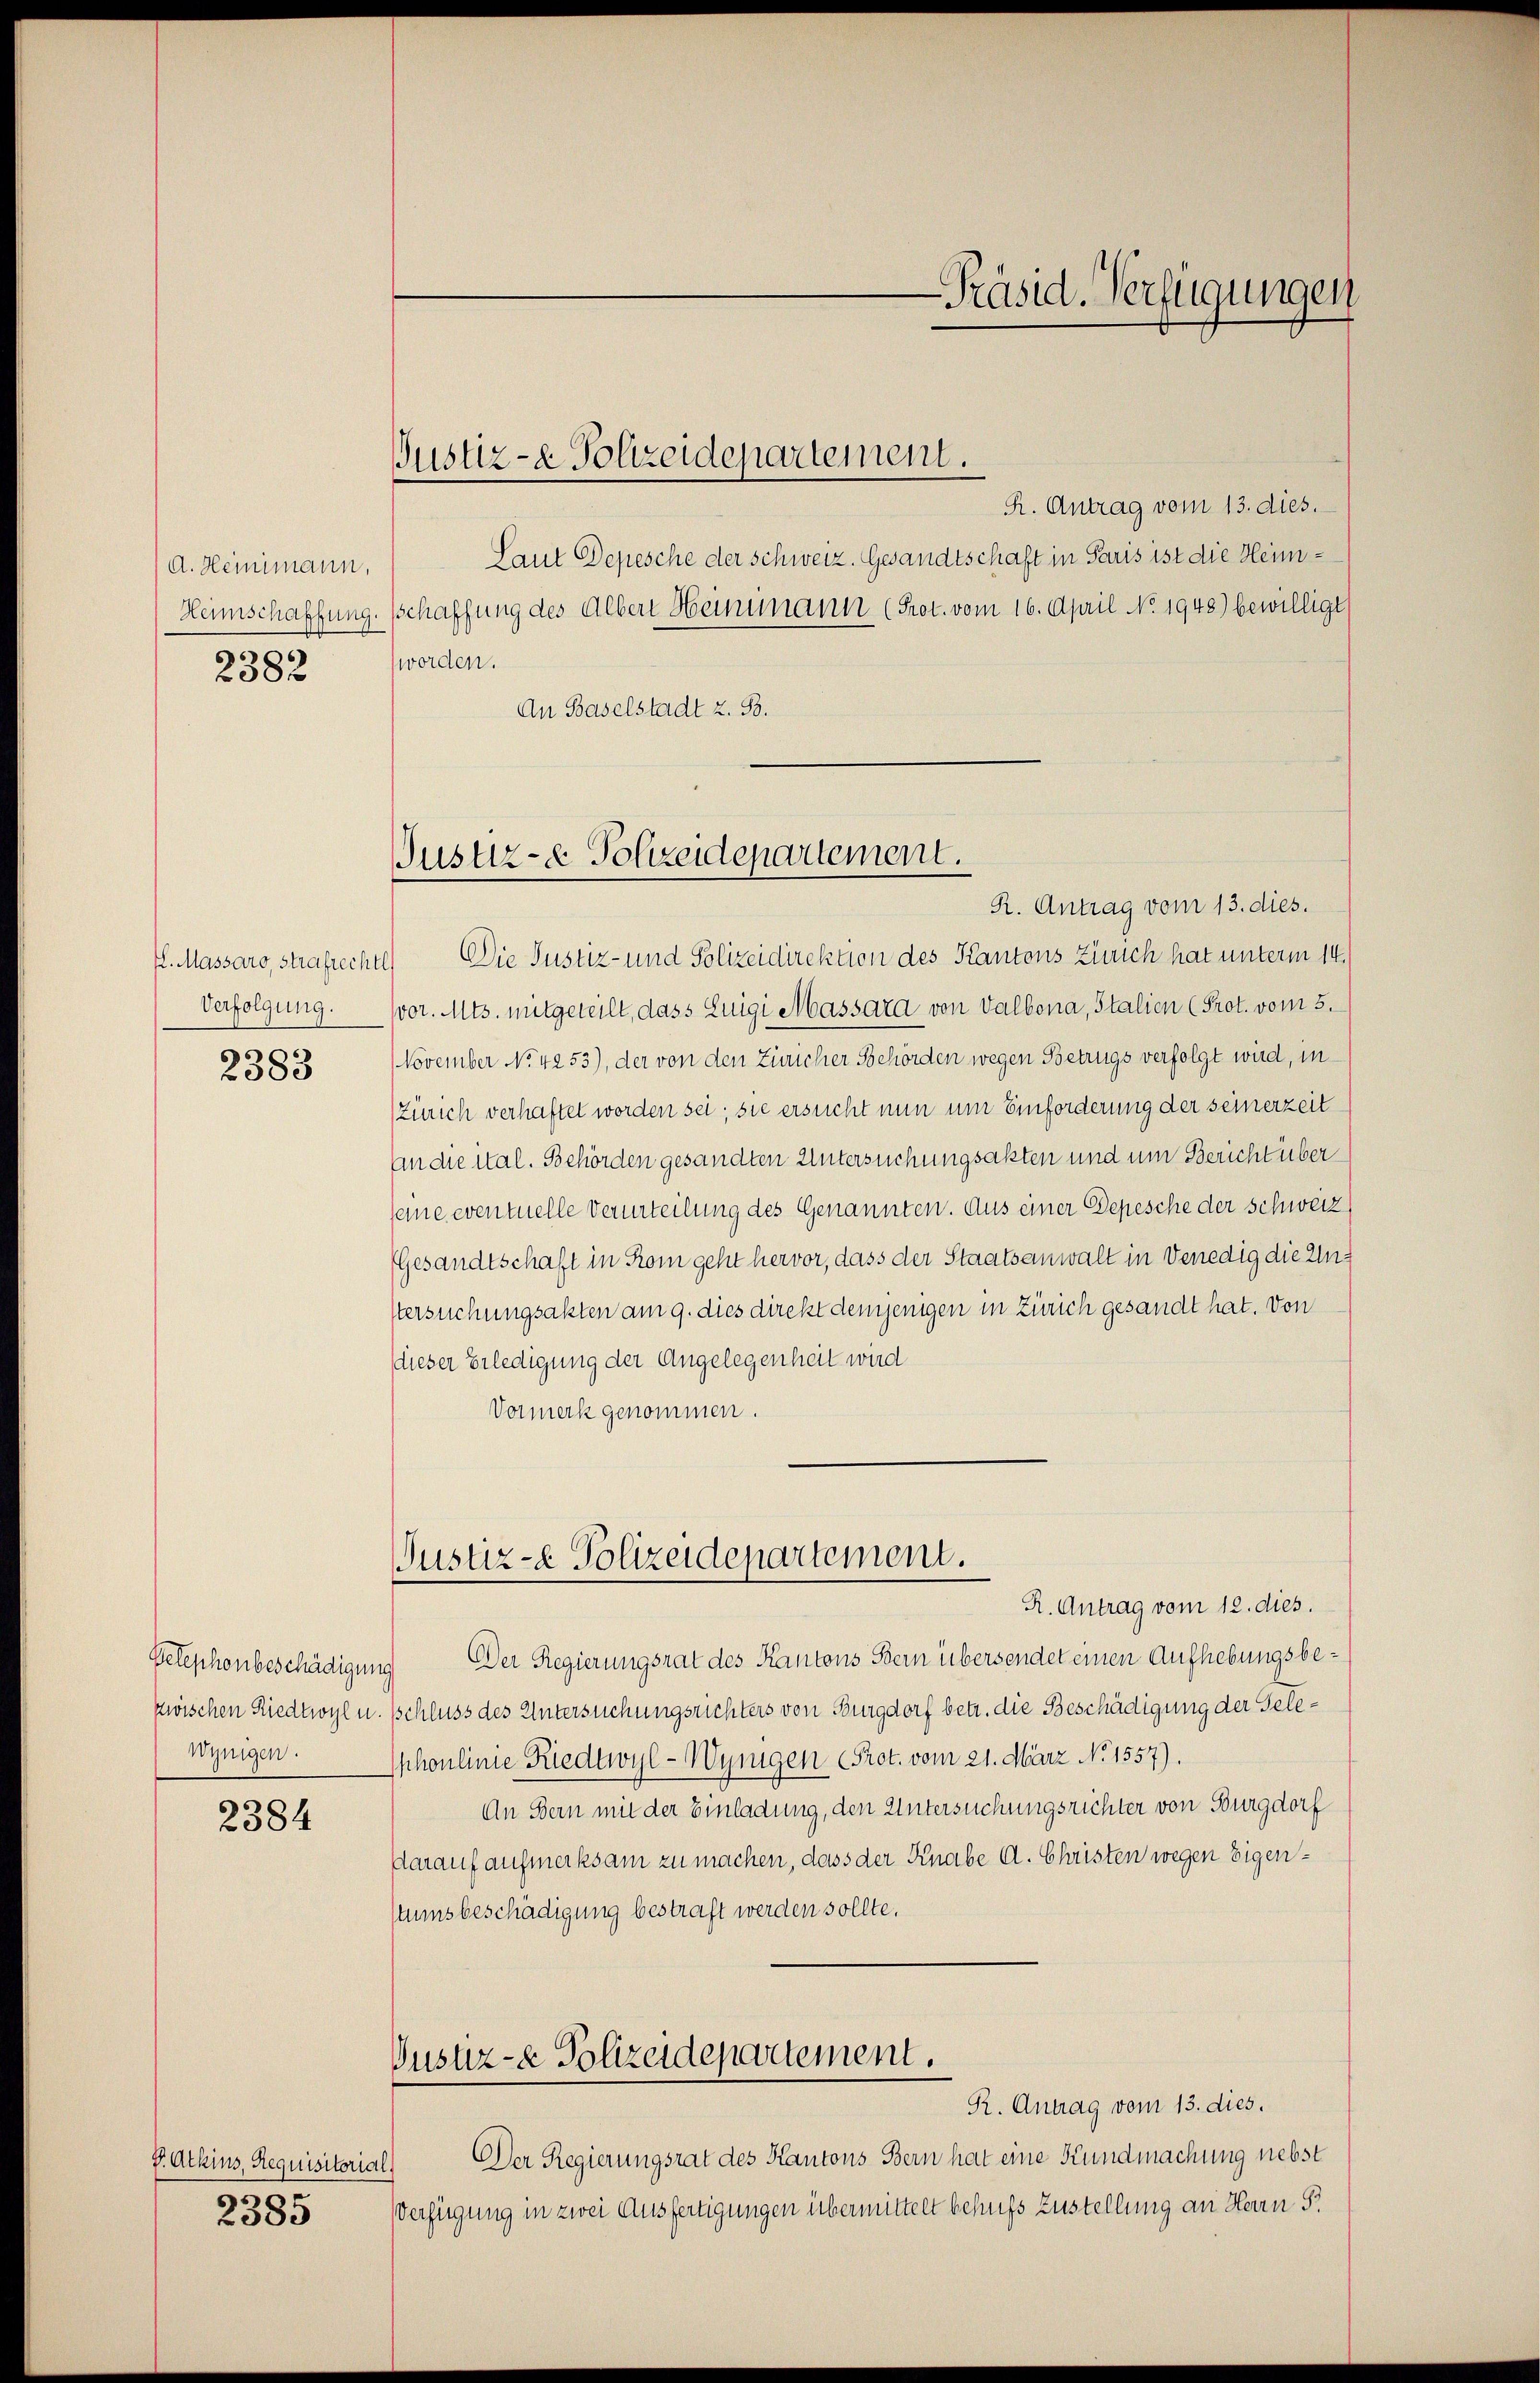
A. Heinimann,
Heimschaffung.
2382

H. Massaro, Strafrechtl
Verfolgung.

2383

zwischen Riedtwyl u.
Wenigen.

2384

V. Atkins, Requisitorio
2385

R. Antrag vom 13. dies.
Laut Depesche der Schweiz. Gesandtschaft in Paris ist die Heimschaffung des Alber Heimimann (Prot. vom 16. April No 1948) bewilligt
worden.
An Baselstadt z. B.
Die Justiz- und Polizeidirektion des Kantons Zürich hat unterm 14.
vor. Mts. mitgeteilt, dass Luigi Massard von Valbona, Stalien (Prot. vom 5.
November No. 4253), der von den Züricher Behörden wegen Betrugs verfolgt wird, in
Zürich verhaftet worden sei; sie ersucht nun um Einforderung der seinerzeit
An die ital. Behörden gesandten Untersuchungsakten und um Bericht über
seine eventuelle Verurteilung des Genannten. Aus einer Depesche der Schweiz
Gesandtschaft in Rom geht hervor, dass der Staatsanwalt in Venedig die Un¬
Vtersuchungsakten am 9. dies direkt demjenigen in Zürich gesandt hat. von
dieser Erledigung der Angelegenheit wird
Vormerk genommen.

Justiz- & Polizeidepartement.

Justiz- & Polizeidepartement.
R. Antrag vom 13. dies.

Justiz-e Polizeidepartement.

R. Antrag vom 12. dies.
Velephonbeschädigung Der Regierungsrat des Kantons Bern übersendet einen Aufhebungsbe¬
Schluss des Untersuchungsrichters von Burgdorf betr. die Beschädigung der Gele¬
Iphoulinie Riedtwyl-Wynigen (Prot. vom 21. März No 1557)
An Bern mit der Einladung, den Untersuchungsrichter von Burgdorf
Darauf aufmerksam zu machen, dass der Knabe A. Christen wegen Eigenstumsbeschädigung bestraft werden sollte.
Justiz- & Polizeidepartement.
R. Antrag vom 13. dies.
Der Regierungsrat des Kantons Bern hat eine Kundmachung nebst
Verfügung in zwei Ausfertigungen übermittelt behufs Zustellung an Herrn S

-Präsid. Verfügungen